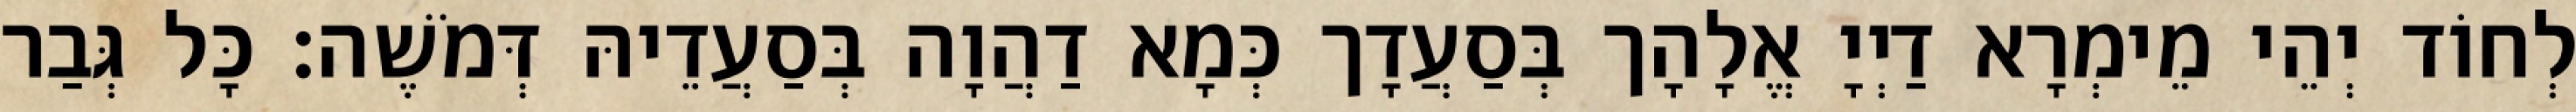
לְחוֹד יְהֵי מֵימְרָא דַיְיָ אֱלָהָך בְּסַעֲדָך כְּמָא דַהֲוָה בְּסַעֲדֵיהּ דְּמֹשֶׁה׃ כָּל גְּבַר